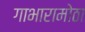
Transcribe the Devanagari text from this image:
गाभारामोठा